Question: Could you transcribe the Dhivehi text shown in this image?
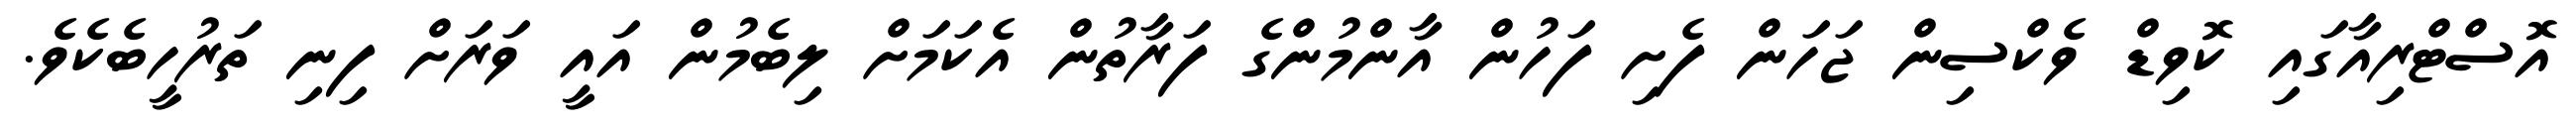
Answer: އޮސްޓްރިއާގައި ކޮވިޑް ވެކްސިން ޖަހަން ފެށި ފަހުން އާންމުންގެ ފަރާތުން އެކަމަށް ލިބެމުން އައީ ވަރަށް ފިނި ތަރުހީބެކެވެ.